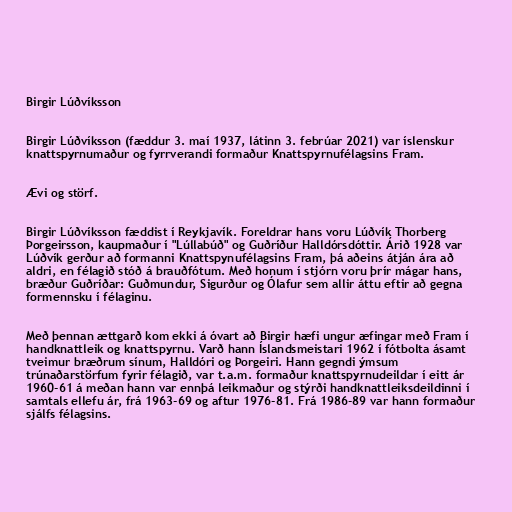
Birgir Lúðvíksson

Birgir Lúðvíksson (fæddur 3. maí 1937, látinn 3. febrúar 2021) var íslenskur
knattspyrnumaður og fyrrverandi formaður Knattspyrnufélagsins Fram.

Ævi og störf.

Birgir Lúðvíksson fæddist í Reykjavík. Foreldrar hans voru Lúðvík Thorberg
Þorgeirsson, kaupmaður í "Lúllabúð" og Guðríður Halldórsdóttir. Árið 1928 var
Lúðvík gerður að formanni Knattspynufélagsins Fram, þá aðeins átján ára að
aldri, en félagið stóð á brauðfótum. Með honum í stjórn voru þrír mágar hans,
bræður Guðríðar: Guðmundur, Sigurður og Ólafur sem allir áttu eftir að gegna
formennsku í félaginu.

Með þennan ættgarð kom ekki á óvart að Birgir hæfi ungur æfingar með Fram í
handknattleik og knattspyrnu. Varð hann Íslandsmeistari 1962 í fótbolta ásamt
tveimur bræðrum sínum, Halldóri og Þorgeiri. Hann gegndi ýmsum
trúnaðarstörfum fyrir félagið, var t.a.m. formaður knattspyrnudeildar í eitt ár
1960-61 á meðan hann var ennþá leikmaður og stýrði handknattleiksdeildinni í
samtals ellefu ár, frá 1963-69 og aftur 1976-81. Frá 1986-89 var hann formaður
sjálfs félagsins.